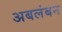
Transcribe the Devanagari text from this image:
अबलंबन